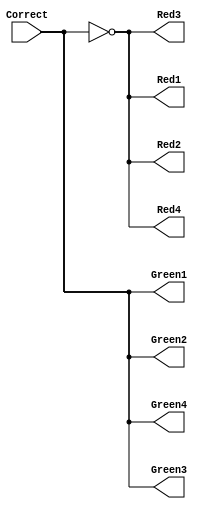
// Copyright (C) 2020  Intel Corporation. All rights reserved.
// Your use of Intel Corporation's design tools, logic functions 
// and other software and tools, and any partner logic 
// functions, and any output files from any of the foregoing 
// (including device programming or simulation files), and any 
// associated documentation or information are expressly subject 
// to the terms and conditions of the Intel Program License 
// Subscription Agreement, the Intel Quartus Prime License Agreement,
// the Intel FPGA IP License Agreement, or other applicable license
// agreement, including, without limitation, that your use is for
// the sole purpose of programming logic devices manufactured by
// Intel and sold by Intel or its authorized distributors.  Please
// refer to the applicable agreement for further details, at
// https://fpgasoftware.intel.com/eula.

// PROGRAM		"Quartus Prime"
// VERSION		"Version 20.1.1 Build 720 11/11/2020 SJ Lite Edition"
// CREATED		"Wed Nov 16 21:20:19 2022"

module LED(
	Correct,
	Green1,
	Green2,
	Green3,
	Green4,
	Red1,
	Red2,
	Red3,
	Red4
);


input wire	Correct;
output wire	Green1;
output wire	Green2;
output wire	Green3;
output wire	Green4;
output wire	Red1;
output wire	Red2;
output wire	Red3;
output wire	Red4;

wire	SYNTHESIZED_WIRE_3;

assign	Green1 = Correct;
assign	Green2 = Correct;
assign	Green3 = Correct;
assign	Green4 = Correct;
assign	Red1 = SYNTHESIZED_WIRE_3;
assign	Red2 = SYNTHESIZED_WIRE_3;
assign	Red3 = SYNTHESIZED_WIRE_3;
assign	Red4 = SYNTHESIZED_WIRE_3;



assign	SYNTHESIZED_WIRE_3 =  ~Correct;


endmodule